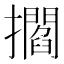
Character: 𢸴